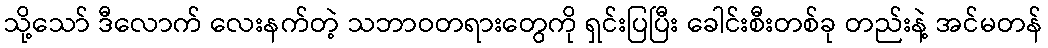
သို့သော် ဒီလောက် လေးနက်တဲ့ သဘာဝတရားတွေကို ရှင်းပြပြီး ခေါင်းစီးတစ်ခု တည်းနဲ့ အင်မတန်